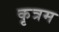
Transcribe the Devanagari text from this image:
कृत्रम